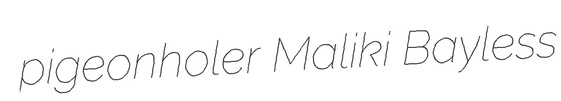
pigeonholer Maliki Bayless